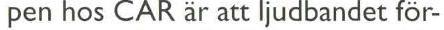
pen hos CAR är att ljudbandet för-